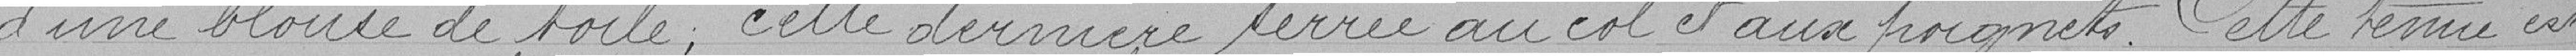
d'une blouse de toile ; cette dernière serrée au col et aux poignets. Cette tenue est